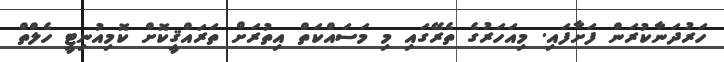
ހަރުދަނާކުރަން ފަށާފައި. މިއަހަރުގެ ތެރޭގައި މި މަސައްކަތް އިތުރަށް ތަރައްޤީކޮށް ކޮމިއުނިޓީ ހެލްތް